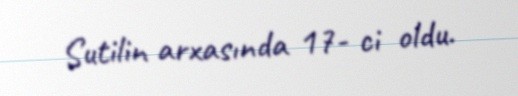
Sutilin arxasında 17- ci oldu.